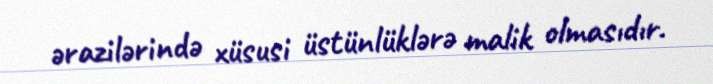
ərazilərində xüsusi üstünlüklərə malik olmasıdır.